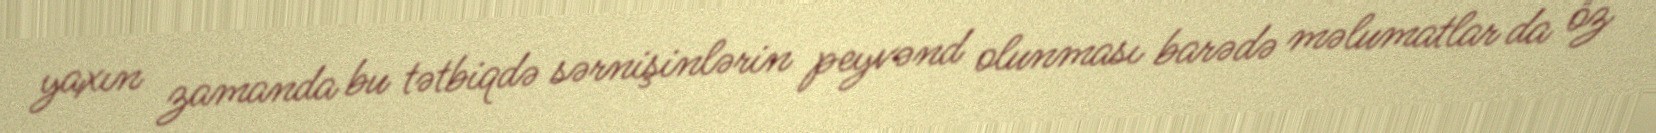
yaxın zamanda bu tətbiqdə sərnişinlərin peyvənd olunması barədə məlumatlar da öz